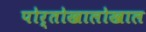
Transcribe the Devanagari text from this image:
पोर्तोखालोखाल